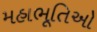
મહાભૂતિઓ